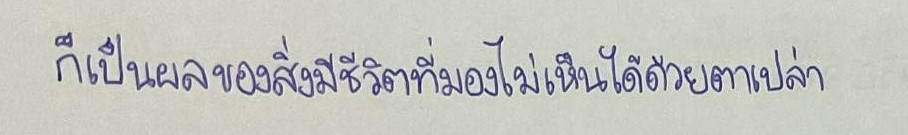
ก็เป็นผลของสิ่งมีชีวิตที่มองไม่เห็นได้ด้วยตาเปล่า